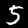
Digit: 5